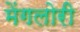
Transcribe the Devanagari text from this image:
मेंगलोरी